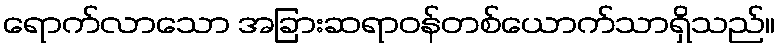
ရောက်လာသော အခြားဆရာဝန်တစ်ယောက်သာရှိသည်။